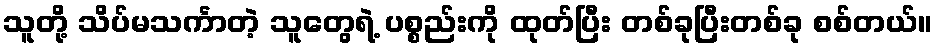
သူတို့ သိပ်မသင်္ကာတဲ့ သူတွေရဲ့ ပစ္စည်းကို ထုတ်ပြီး တစ်ခုပြီးတစ်ခု စစ်တယ်။